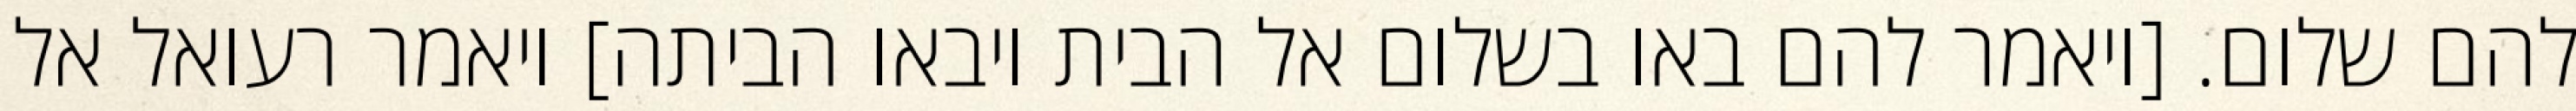
להם שלום. [ויאמר להם באו בשלום אל הבית ויבאו הביתה] ויאמר רעואל אל